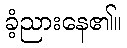
ခံ့ညားနေ၏။